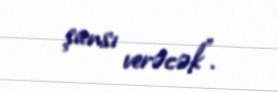
şansı verəcək”.